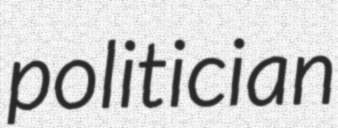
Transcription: politician